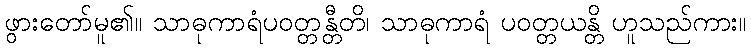
ဖွားတော်မူ၏။ သာဓုကာရံပဝတ္တန္တီတိ၊ သာဓုကာရံ ပဝတ္တယန္တိ ဟူသည်ကား။